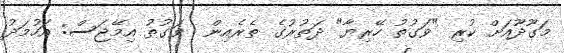
މަގޫދޫއަށް ކުރި "ވަގުތު ހޭރިޔާ" ދަތުރުގެ ތެރެއިން  ވަގުތު އިމޭޖަސް: އަހުމަދު